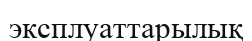
эксплуаттарылық